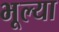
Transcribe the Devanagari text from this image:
भूल्या